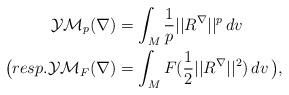
LaTeX: \begin{align*}\aligned\mathcal{YM}_p(\nabla )& =\int_M \frac 1p||R ^\nabla ||^p\, dv\, \\\big (resp.\mathcal{YM}_F(\nabla )& =\int_M F(\frac 12||R ^\nabla ||^2)\, dv\, \big ),\endaligned\end{align*}